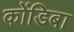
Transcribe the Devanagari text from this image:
कोंडिबा